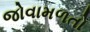
જોવામળતો